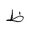
Letter: _za